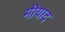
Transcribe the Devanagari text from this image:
मीयाद